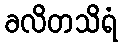
ခလိတသိရံ